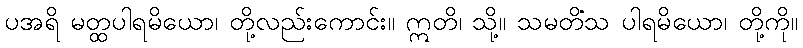
ပအရိ မတ္ထပါရမိယော၊ တို့လည်းကောင်း။ ဣတိ၊ သို့။ သမတိံသ ပါရမိယော၊ တို့ကို။